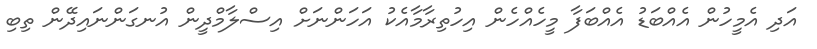
އަދި އެމީހުން އެއްބަޑު އެއްބަފާ މީހެއްހެން އިހުތިރާމާއެކު އަހަންނަށް އިސްލާމްދީން އުނގަންނައިދޭން ތިބި